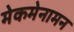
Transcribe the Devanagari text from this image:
मेकमेनामन